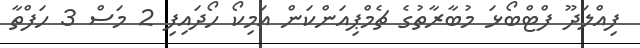
ފިއްލަދޫ ފްޓްބޯޅަ މުބާރާތުގެ ޗެމްޕިއަންކަން އަމިކޯ ހޯދައިފި 2 މަސް 3 ހަފްތާ